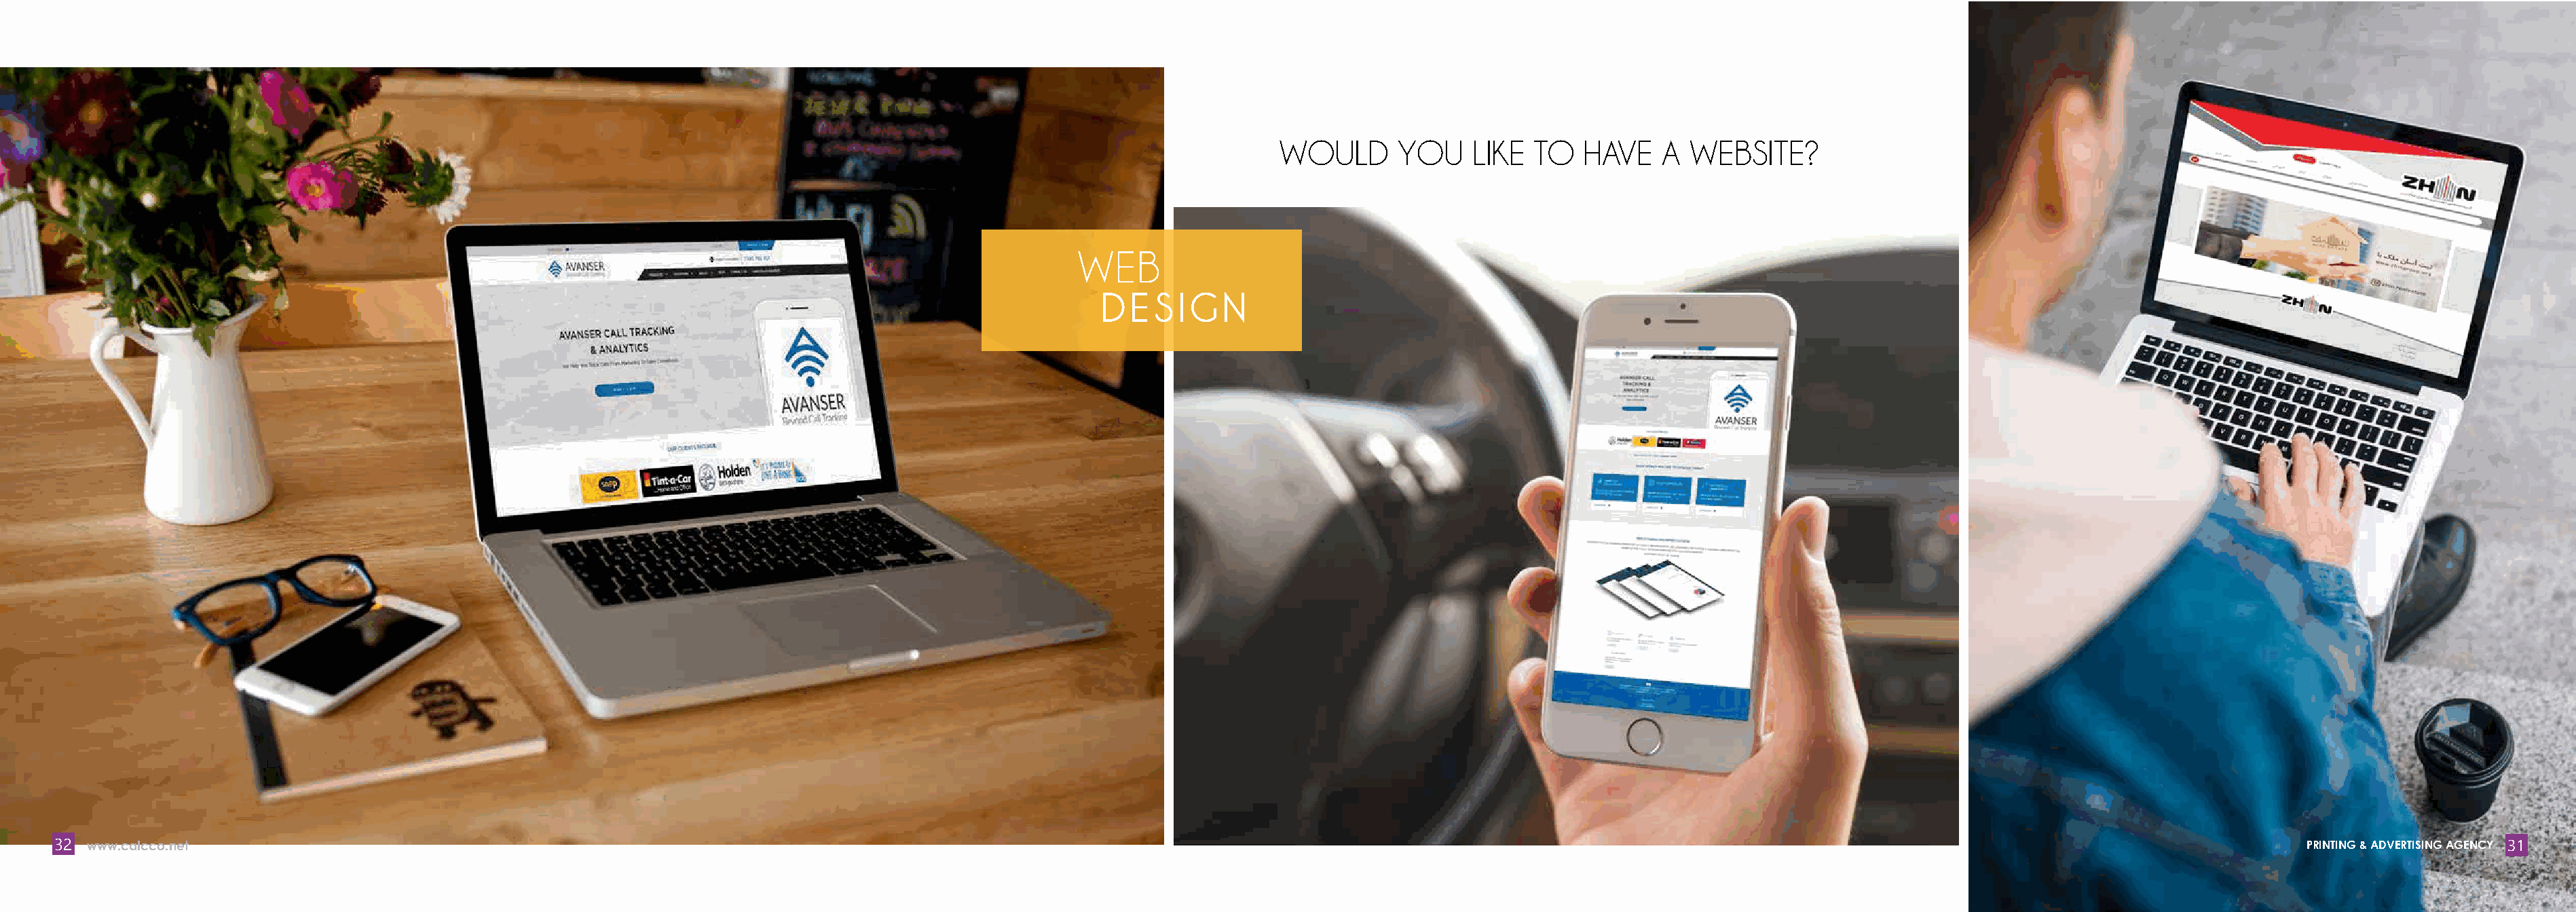
WOULD      YOU     LIKE  TO  HAVE    A  WEBSITE?
 WEB
 DESIG       N
 32 www.calcco.net                                                                                                                                                                                                           PRINTING & ADVERTISING AGENCY 31